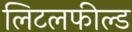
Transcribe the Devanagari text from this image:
लिटलफील्ड